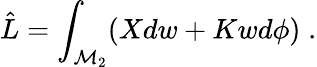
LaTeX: \hat{L}=\int_{\mathcal{M}_{2}}(Xdw+Kwd\phi)\; .